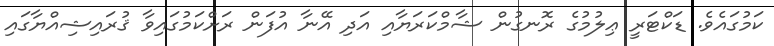
ކަމުގައެވެ. ޑަކްޓަރީ ޢިލުމުގެ ރޮނގުން ޝާމްކަރަޔާއި އަދި އޭނާ އުފަން ރަށްކަމުގައިވާ ޤުރައިޝިއްޔާގައި